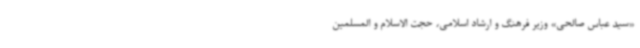
«سید عباس صالحی» وزیر فرهنگ و ارشاد اسلامی، حجت الاسلام و المسلمین